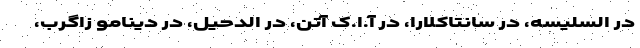
در السلیسه، در سانتاکلارا، در آ.ا.ک آتن، در الدحیل، در دینامو زاگرب،